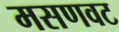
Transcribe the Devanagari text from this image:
मसणवट